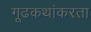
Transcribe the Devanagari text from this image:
गूढकथांकरता